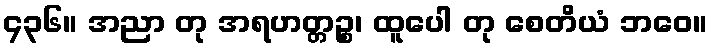
၄၃၆။ အညာ တု အရဟတ္တဉ္စ၊ ထူပေါ တု စေတိယံ ဘဝေ။